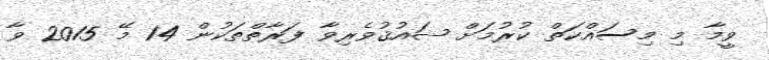
ވީމާ މި މިސައްކަތް ކުރުމަށް ޝައުޤުވެރިވާ ފަރާތްތަކުން 14 މޭ 2015 ވާ